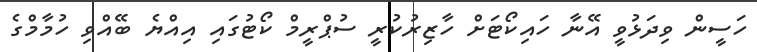
ހަސީން ވިދަޅުވީ އޭނާ ހައިކޯޓަށް ހާޒިރުކުރީ ސުޕްރީމް ކޯޓުގައި އިއްޔެ ބޭއްވި ހުމާމްގެ